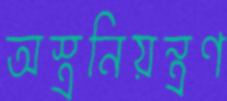
অস্ত্রনিয়ন্ত্রণ